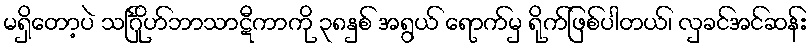
မရှိတော့ပဲ သင်္ဂြိုဟ်ဘာသာဋီကာကို ၃၈နှစ် အရွယ် ရောက်မှ ရိုက်ဖြစ်ပါတယ်၊ လှခင်အင်ဆန်း